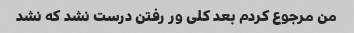
من مرجوع کردم بعد کلی ور رفتن درست نشد که نشد